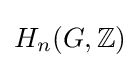
H_{n}(G,\mathbb {Z} )